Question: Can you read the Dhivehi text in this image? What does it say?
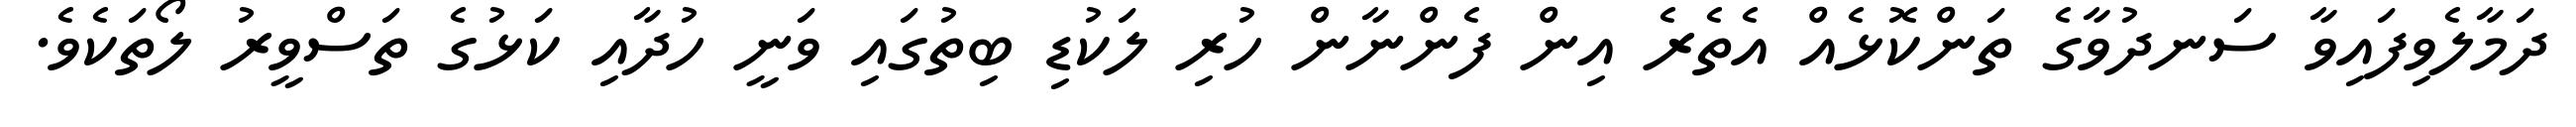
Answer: ދަމާލެވިފައިވާ ސަނދުވާގެ ތަންކޮޅެއް އެތެރެ އިން ފެންނާން ހުރި ލަކުޑި ބިތުގައި ވަނީ ހުދާއި ކަޅުގެ ތަސްވީރު ލޯތަކެވެ.